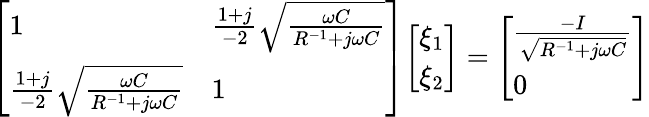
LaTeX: \begin{array}{r}{\! \! \left[\begin{array}{ll}{1}&{\frac{1+j}{-2}\sqrt{\frac{\omega C}{R^{-1}+j\omega C}}}\\ {\frac{1+j}{-2}\sqrt{\frac{\omega C}{R^{-1}+j\omega C}}}&{1}\end{array}\right]\! \left[\begin{array}{l}{\xi_{1}}\\ {\xi_{2}}\end{array}\right]=\left[\begin{array}{l}{\frac{-I}{\sqrt{R^{-1}+j\omega C}}}\\ {0}\end{array}\right]}\end{array}